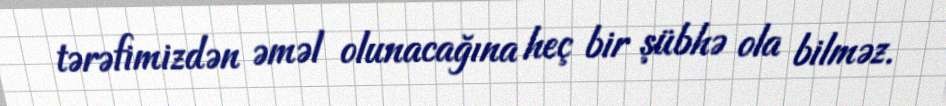
tərəfimizdən əməl olunacağına heç bir şübhə ola bilməz.